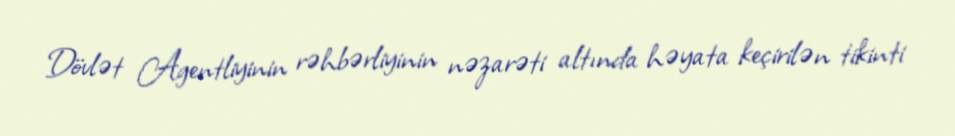
Dövlət Agentliyinin rəhbərliyinin nəzarəti altında həyata keçirilən tikinti